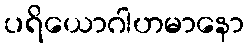
ပရိယောဂါဟမာနော